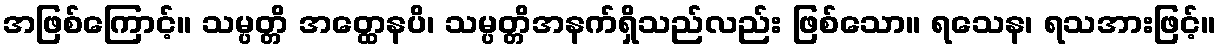
အဖြစ်ကြောင့်။ သမ္ပတ္တိ အတ္ထေနပိ၊ သမ္ပတ္တိအနက်ရှိသည်လည်း ဖြစ်သော။ ရသေန၊ ရသအားဖြင့်။